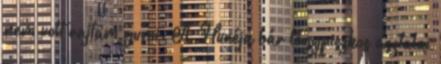
nem volt rajtam gumi. A Huréja bár légypiszkos asztalai